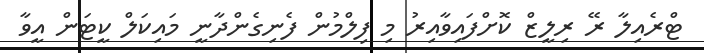
ޓްރެއިލާ ރޭ ރިލީޒް ކޮށްފައިވާއިރު މި ފިލްމުން ފެނިގެންދާނީ މައިކަލް ކީޓަން އީވާ